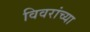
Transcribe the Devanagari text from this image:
विवरांच्या